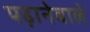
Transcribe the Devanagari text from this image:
पढ़ानेवाले